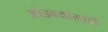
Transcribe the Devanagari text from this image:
ओंडक्यांसाठी